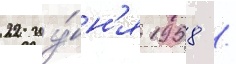
22 иу́н'я 1958 /